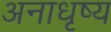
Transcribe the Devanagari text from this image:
अनाधृष्य